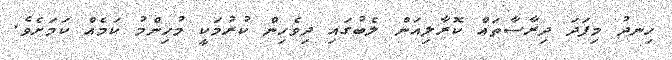
ހިނދު މިފަދަ ދިރާސާތައް ކޮރާލިއަން ލެބުގައި ދިވެހިން ކުރުމަކީ މުހިންމު ކަމެއް ކަމަށެވެ.